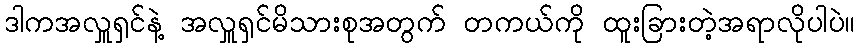
ဒါကအလှူရှင်နဲ့ အလှူရှင်မိသားစုအတွက် တကယ်ကို ထူးခြားတဲ့အရာလိုပါပဲ။